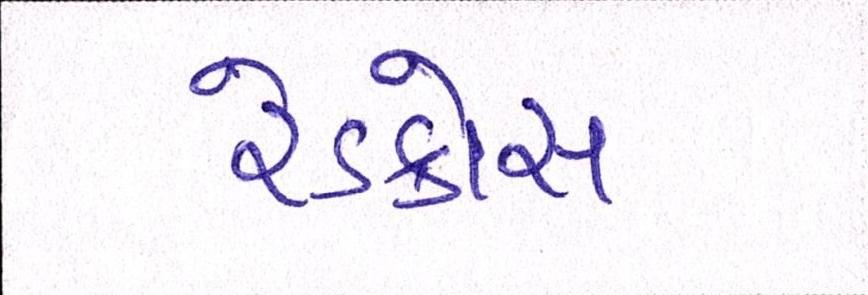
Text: રેડક્રોસ